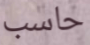
حاسب